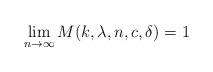
LaTeX: \begin{align*}\lim_{n\to \infty} M(k, \lambda, n, c, \delta) = 1 \end{align*}